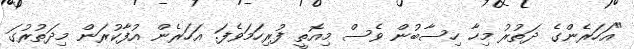
"އަހަރެންގެ ދަތުރު މިހާ ހިސާބުން ވެސް މިއޮތީ ފުރިހަމަވެފަ. އަހަރެން އުފާކުރަން މިދަތުރުގަ